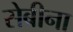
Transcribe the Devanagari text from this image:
सेबीना